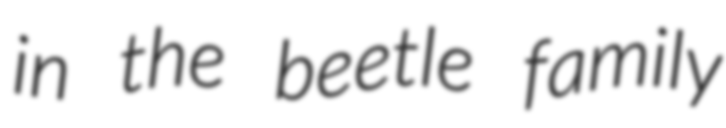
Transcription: in the beetle family